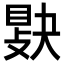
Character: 𢾔